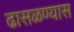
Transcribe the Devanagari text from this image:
ढासळण्यास